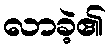
လာခဲ့၏